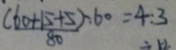
( \frac { 6 0 + 1 5 + 5 } { 8 0 } ) : 6 0 = 4 : 3